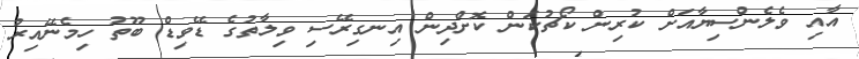
އާއި ވެލެންސިޔާއަށް ކުރިން ކޯޗުކަން ކޮށްދިން އިނގިރޭސި ވިލާތުގެ ޑޭވިޑް ބޫތު ހިމެނޭއިރު